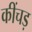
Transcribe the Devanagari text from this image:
कींचड़